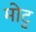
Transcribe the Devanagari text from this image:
मोटु